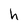
Character: h